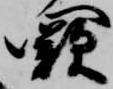
闕